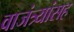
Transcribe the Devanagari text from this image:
वाजंत्र्यांसह